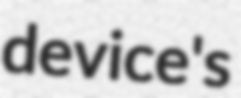
device's